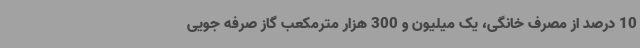
10 درصد از مصرف خانگی، یک میلیون و 300 هزار مترمکعب گاز صرفه جویی